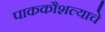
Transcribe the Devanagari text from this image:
पाककौशल्याचे